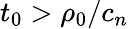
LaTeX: t_{0}>\rho_{0}/c_{n}